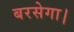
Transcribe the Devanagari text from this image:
बरसेगा।